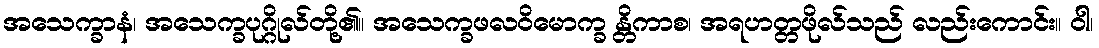
အသေက္ခာနံ၊ အသေက္ခပုဂ္ဂိုလ်တို့၏။ အသေက္ခဖလဝိမောက္ခ န္တိကာစ၊ အရဟတ္တဖိုလ်သည် လည်းကောင်း။ ဝါ၊